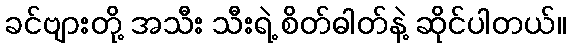
ခင်ဗျားတို့ အသီး သီးရဲ့ စိတ်ဓါတ်နဲ့ ဆိုင်ပါတယ်။